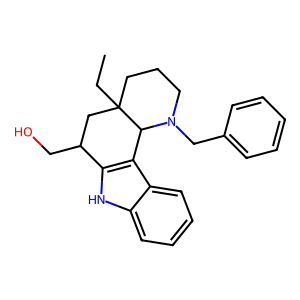
SMILES: CCC12CCCN(Cc3ccccc3)C1c1c([nH]c3ccccc13)C(CO)C2
Inhibits HIV replication: No